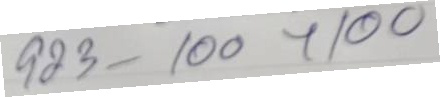
923 - 100x100